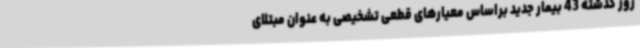
روز گذشته 43 بیمار جدید براساس معیارهای قطعی تشخیصی به عنوان مبتلای